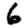
Digit: 6